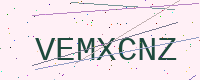
Text: VEMXCNZ